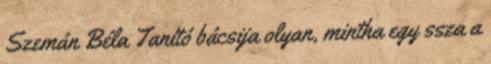
Szemán Béla Tanító bácsija olyan, mintha egy ssza a